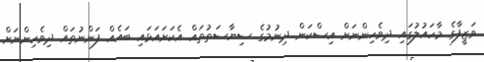
ވަޒީފާގެ މާހައުލުގައި ދިވެހިންނަށް އިސްކަން ދިނުމުގެ ސިޔާސަތުތައް އެކަށައަޅައި ބައެއް ފަންނުތައް ދިވެހިންނަށް